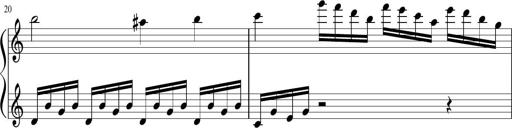
Title: Sonatina di Santa Gemma, JKB 12
Composer: Jason Baruk
Key: F major